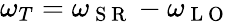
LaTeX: \omega_{T}=\omega_{\mathrm{~S~R~}}-\omega_{\mathrm{~L~O~}}